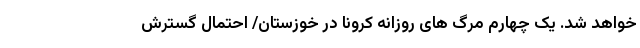
خواهد شد. یک ‌چهارم مرگ ‌های روزانه کرونا در خوزستان/ احتمال گسترش